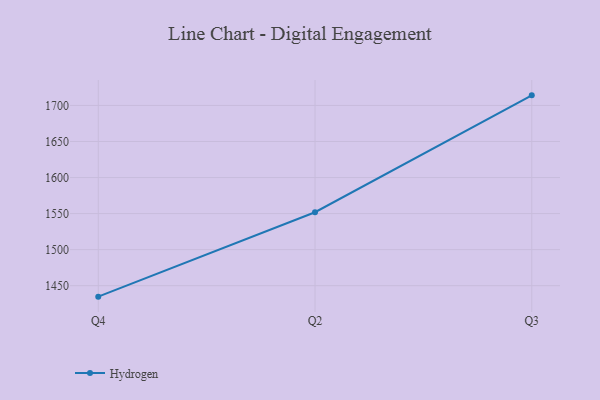
{"axis": {"x": "Quarter", "y": "Page Views"}, "legend": ["Hydrogen"], "data": [{"x": "Q4", "y": 1434.8, "type": "Hydrogen"}, {"x": "Q2", "y": 1551.9, "type": "Hydrogen"}, {"x": "Q3", "y": 1714.0, "type": "Hydrogen"}]}